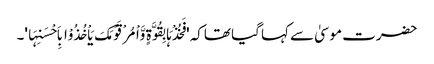
حضرت موسیٰ سے کہا گیا تھاکہ 'فَخُذْہَا بِقُوَّۃٍ وَّاْمُرْ قَوْمَکَ یَاْخُذُوْا بِاَحْسَنِہَا'۔